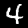
Label: 4